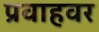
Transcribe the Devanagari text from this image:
प्रवाहवर